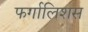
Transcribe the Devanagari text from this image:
फर्गालिशस